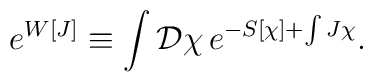
e^{W[J]}\equiv\int{\mathcal D}\chi\, e^{-S[\chi]+\int J\chi}.